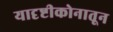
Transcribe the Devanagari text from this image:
यादृष्टीकोनातून